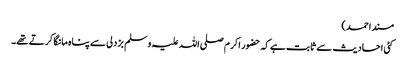
مسند احمد)
کئی احادیث سے ثابت ہے کہ حضور اکرم صلی اللہ علیہ وسلم بزدلی سے پناہ مانگا کرتے تھے۔